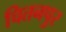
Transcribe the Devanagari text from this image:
चितनपुर